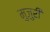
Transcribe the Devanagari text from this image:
मुजुरी